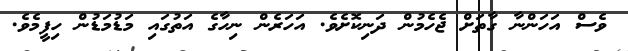
ވެސް އަހަންނާ ގާތަށް ޖެހެމުން ދަނިކޮށެވެ. އަހަރެން ނިހާގެ އަތުގައި މަޑުމަޑުން ހިފީމެވެ.